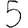
Digit: 5